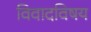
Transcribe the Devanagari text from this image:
विवादविषय